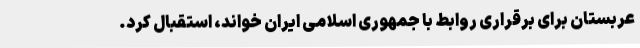
عربستان برای برقراری روابط با جمهوری اسلامی ایران خواند، استقبال کرد.